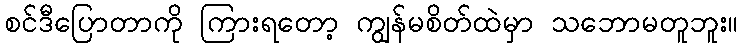
စင်ဒီပြောတာကို ကြားရတော့ ကျွန်မစိတ်ထဲမှာ သဘောမတူဘူး။